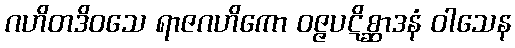
ဂဟိတဒိဝသေ ရာဇဂဟိကော ဝဇ္ဇပဋိစ္ဆာဒနံ ဝါသေန